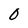
Character: 0